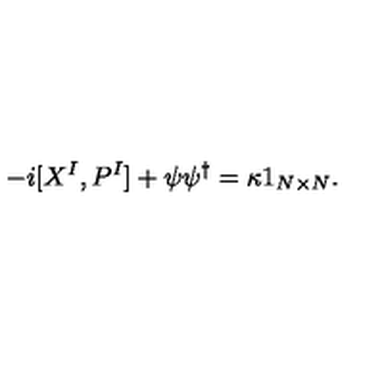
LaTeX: - i [ X ^ { I } , P ^ { I } ] + \psi \psi ^ { \dagger } = \kappa 1 _ { N \times N } .